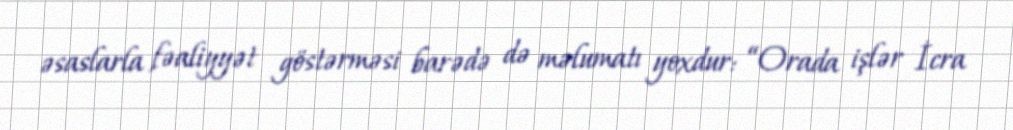
əsaslarla fəaliyyət göstərməsi barədə də məlumatı yoxdur: “Orada işlər İcra